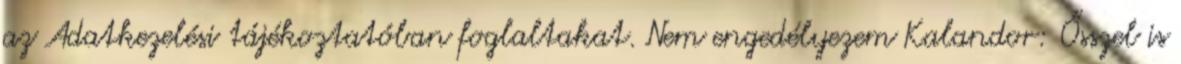
az Adatkezelési tájékoztatóban foglaltakat. Nem engedélyezem Kalandor: Ősszel is